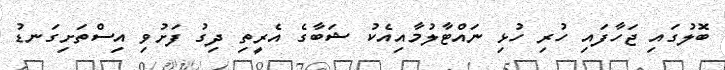
ބޮލުގައި ޖަހާފައި ހުރި ހުޅި ނައްޓާލުމާއިއެކު ޝަބާގެ އެރީތި ދިގު ފަށުވި އިސްތަށިގަނޑު